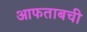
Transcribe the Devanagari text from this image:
आफताबची